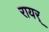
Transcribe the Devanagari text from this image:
रायर्